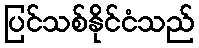
ပြင်သစ်နိုင်ငံသည်